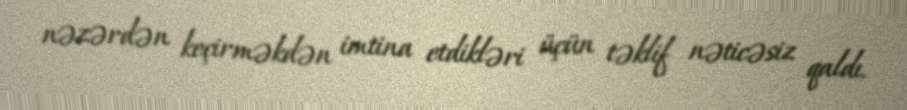
nəzərdən keçirməkdən imtina etdikləri üçün təklif nəticəsiz qaldı.